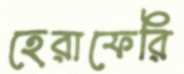
হেরাফেরি